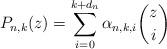
LaTeX: \begin{align*}P_{n,k}(z)=\sum_{i=0}^{k+d_n} \alpha_{n,k,i}\binom{z}{i}\end{align*}